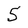
Character: 5